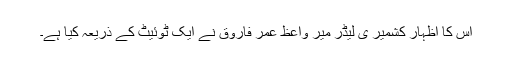
اس کا اظہار کشمیر ی لیڈر میر واعظ عمر فاروق نے ایک ٹوئیٹ کے ذریعہ کیا ہے۔